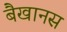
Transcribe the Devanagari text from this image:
बैखानस